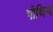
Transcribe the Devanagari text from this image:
गोथिज